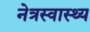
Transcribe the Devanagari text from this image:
नेत्रस्वास्थ्य